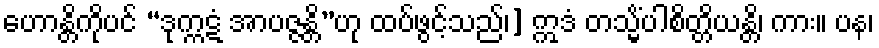
ဟောန္တိကိုပင် “ဒုက္ကဋံ အာပဇ္ဇန္တိ”ဟု ထပ်ဖွင့်သည်၊] ဣဒံ တသ္မိံပါစိတ္တိယန္တိ၊ ကား။ ပန၊